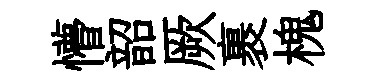
懵韶厥裹槐